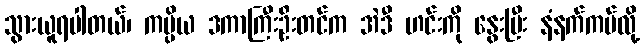
သွားယူရပါတယ်၊ ကပ္ပိယ ဒကာကြီးဦးတင်က အဲဒီ ဟင်းကို နွေးပြီး နံနက်ကပ်လို့